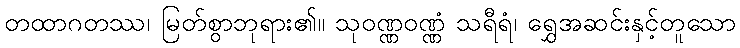
တထာဂတဿ၊ မြတ်စွာဘုရား၏။ သုဝဏ္ဏဝဏ္ဏံ သရီရံ၊ ရွှေအဆင်းနှင့်တူသော